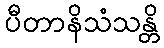
ပီတာနိသံသန္တိ